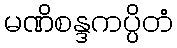
မဏိစန္ဒကပ္ပိတံ